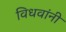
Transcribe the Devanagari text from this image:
विधवांनी